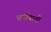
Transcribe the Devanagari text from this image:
धर्मीयाची